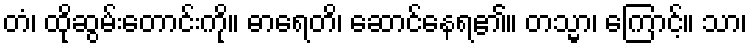
တံ၊ ထိုဆွမ်းတောင်းကို။ ဓာရေတိ၊ ဆောင်နေရ၏။ တသ္မာ၊ ကြောင့်။ သာ၊